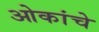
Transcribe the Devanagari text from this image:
ओकांचे